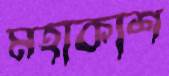
মহাকাশ